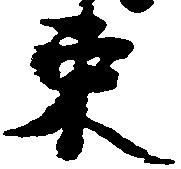
束